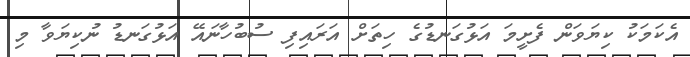
އެކަމަކު ކިޔަވަން ފެށީމަ އަޅުގަނޑުގެ ހިތަށް އަރައިފި ސުބުހާނައޭ އަޅުގަނޑު ނުކިޔަވާ މި